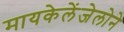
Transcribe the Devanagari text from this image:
मायकेलेंजेलोने